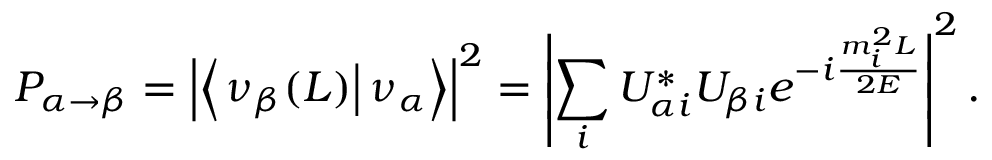
P _ { \alpha \rightarrow \beta } = \left| \left\langle \left. \nu _ { \beta } ( L ) \right| \nu _ { \alpha } \right\rangle \right| ^ { 2 } = \left| \sum _ { i } U _ { \alpha i } ^ { * } U _ { \beta i } e ^ { - i { \frac { m _ { i } ^ { 2 } L } { 2 E } } } \right| ^ { 2 } .